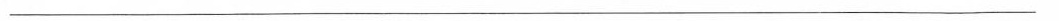
___